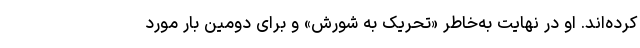
کرده‌اند. او در نهایت به‌خاطر «تحریک به شورش» و برای دومین بار مورد